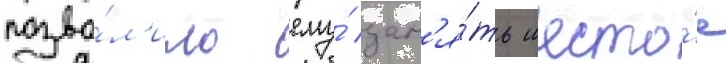
позво́л'ило ему́ зан'я́ть шесто́е